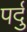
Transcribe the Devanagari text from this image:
पर्दु